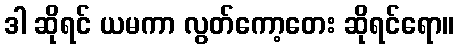
ဒါ ဆိုရင် ယမကာ လွတ်ကော့တေး ဆိုရင်ရော။